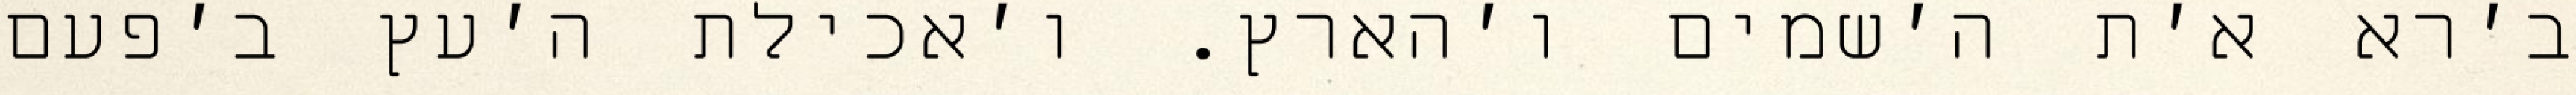
ב׳רא א׳ת ה׳שמים ו׳הארץ. ו׳אכילת ה׳עץ ב׳פעם